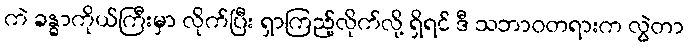
ကဲ ခန္ဓာကိုယ်ကြီးမှာ လိုက်ပြီး ရှာကြည့်လိုက်လို့ ရှိရင် ဒီ သဘာဝတရားက လွဲတာ